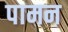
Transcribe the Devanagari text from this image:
पामन